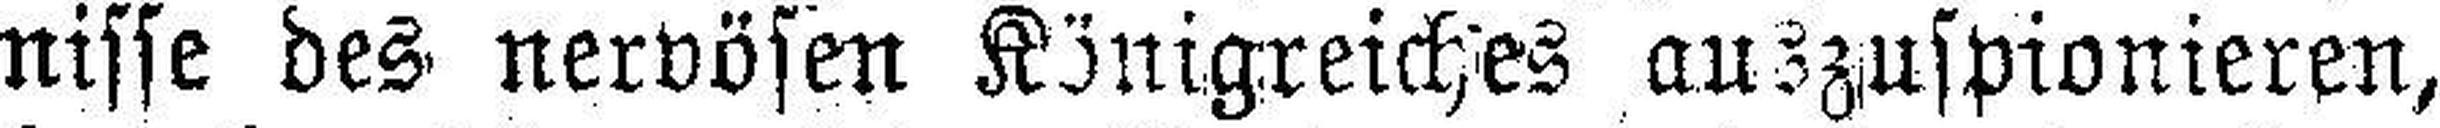
nisse des nervösen Königreiches auszuspionieren,